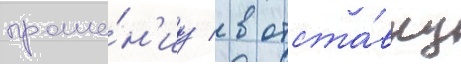
проше́н'иу / в отста́вку